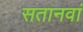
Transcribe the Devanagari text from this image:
सतानवां